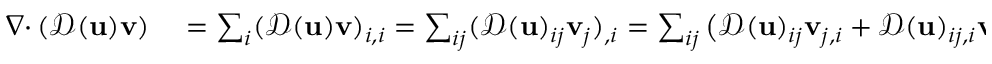
\begin{array} { r l } { { { \nabla \cdot } \, } ( { \mathcal { D } } ( { \mathbf u } ) { \mathbf v } ) } & { { } = \sum _ { i } ( { \mathcal { D } } ( { \mathbf u } ) { \mathbf v } ) _ { i , i } = \sum _ { i j } ( { \mathcal { D } } ( { \mathbf u } ) _ { i j } { \mathbf v } _ { j } ) _ { , i } = \sum _ { i j } \big ( { \mathcal { D } } ( { \mathbf u } ) _ { i j } { \mathbf v } _ { j , i } + { \mathcal { D } } ( { \mathbf u } ) _ { i j , i } { \mathbf v } _ { j } \big ) } \end{array}